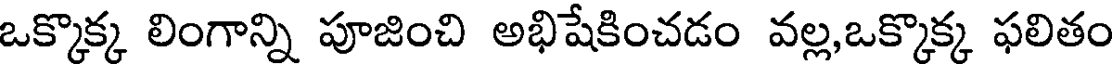
ఒక్కొక్క లింగాన్ని పూజించి అభిషేకించడం వల్ల,ఒక్కొక్క ఫలితం